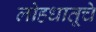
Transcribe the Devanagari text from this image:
लोहधातूचे